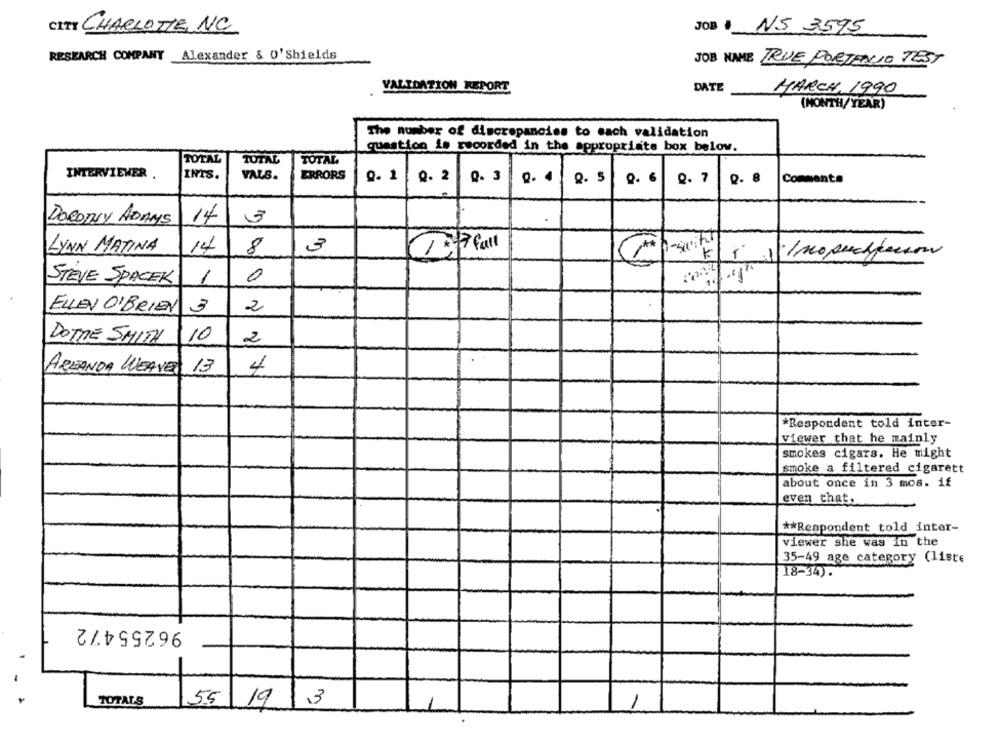
JOB NS 3595
CITY CHARLOTTE, NC
RESEARCH COMPANY Alexander & 0'Shields
JOB NAME TRUE PORTENTO TEST
VALIDATION REPORT
DATE
MARCH, 1990
(MONTH/YEAR)
The number of discrepancies to each validation
question is recorded in the appropriate box below.
TOTAL
TOTAL
TOTAL
INTERVIEWER
INTS.
VALS.
ERRORS
Q. 1
Q. 2
Q. 3
9. 4
Q.5
0. 6
Comments
Q. 7
Q. 8
14
DOCONY ADAMS
3
m
LYNN MATINA
14
8
STEVE SPACEK
1
0
ELLEN O'BRIEN 3
2
DOTHE SMITH
10
2
AREANDA WEAVER 13
4
*Respondent told inter-
viewer that he mainly
smokes cigars. He might
smoke a filtered cigarett
about once in 3 mos. if
even that.
** Respondent told inter-
viewer She was In the
35-49 age category (liste
18-34).
96255472
TOTALS
19
13
55